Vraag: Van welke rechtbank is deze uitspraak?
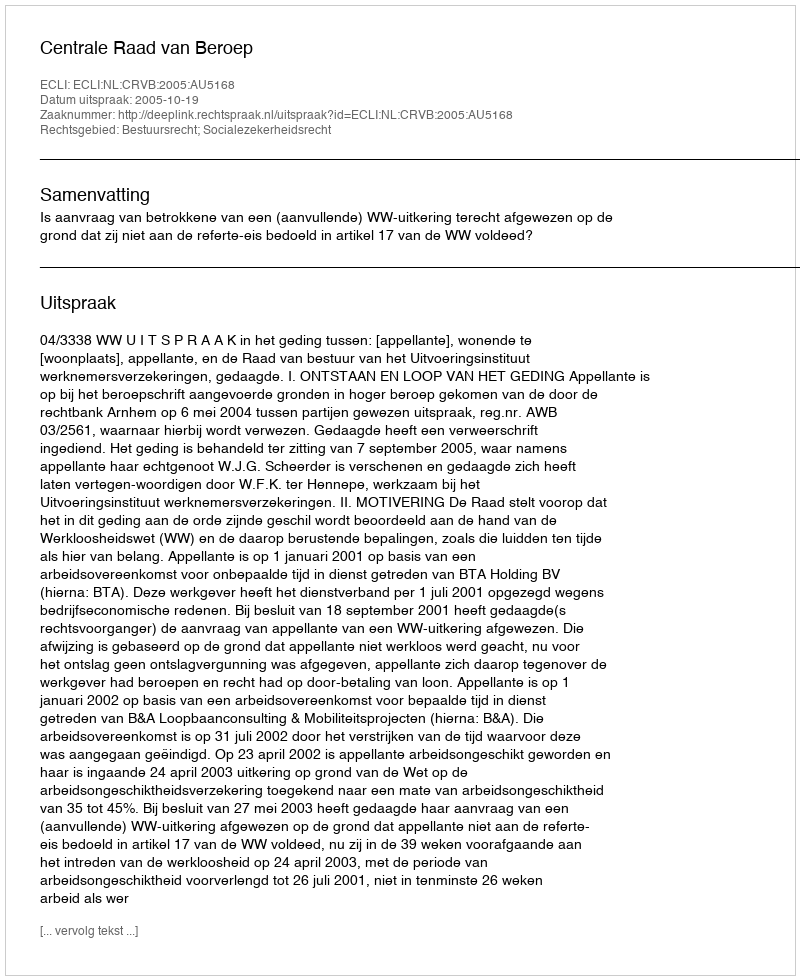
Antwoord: Centrale Raad van Beroep